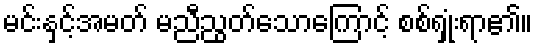
မင်းနှင့်အမတ် မညီညွတ်သောကြောင့် စစ်ရှုံးရာ၏။